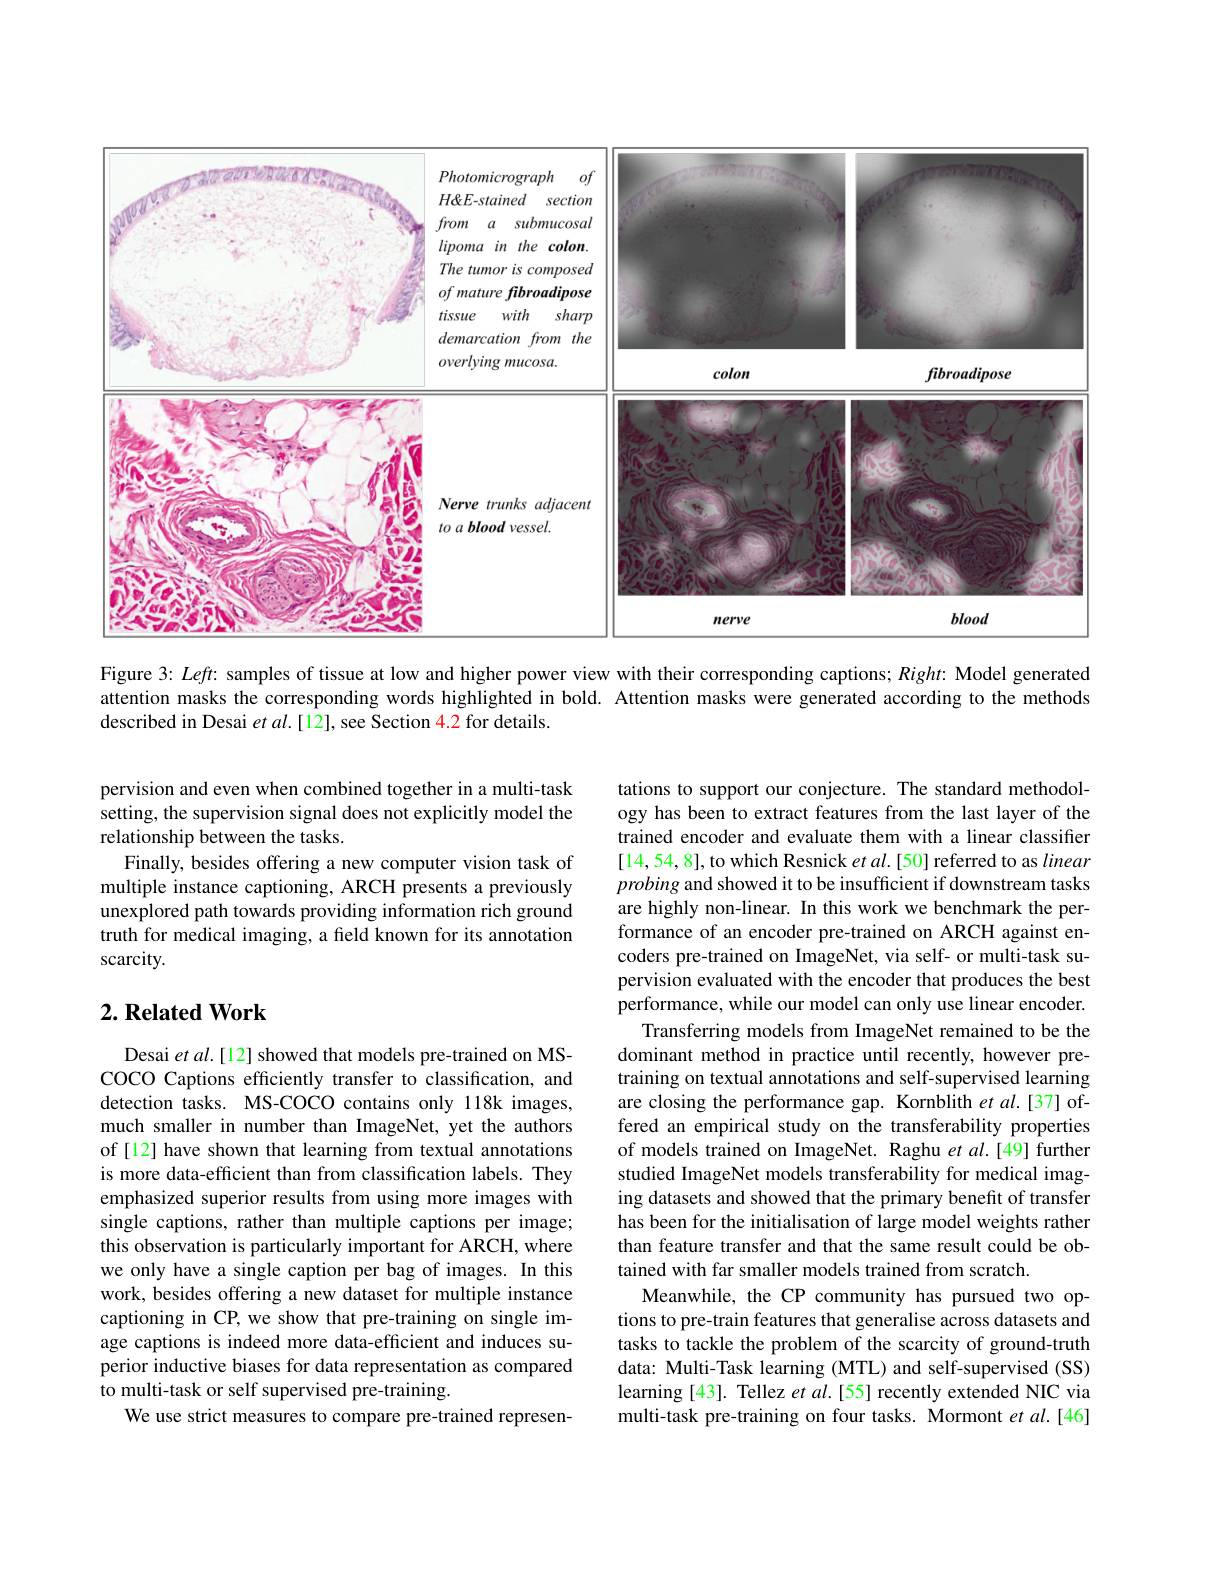
<FigureHere>

Figure 3: Left: samples of tissue at low and higher power view with their corresponding captions; $Right:$ Model generated

attention masks the corresponding words highlighted in bold. Attention masks were generated according to the methods
described in Desai $etal.[12]$, see Section 4.2 for details.

pervision and even when combined together in a multi-task setting, the supervision signal does not explicitly model the relationship between the tasks.
Finally, besides offering a new computer vision task of multiple instance captioning, ARCH presents a previously unexplored path towards providing information rich ground truth for medical imaging, a field known for its annotation scarcity.

## $2. \textbf{Related Work}$

tations to support our conjecture. The standard methodology has been to extract features from the last layer of the trained encoder and evaluate them with a linear classifier [14,54,8],to which Resnick et al.[50] referred to as linear probing and showed it to be insufficient if downstream tasks are highly non-linear. In this work we benchmark the performance of an encoder pre-trained on ARCH against encoders pre-trained on ImageNet, via self- or multi-task supervision evaluated with the encoder that produces the best performance, while our model can only use linear encoder.
Transferring models from ImageNet remained to be the dominant method in practice until recently, however pretraining on textual annotations and self-supervised learning are closing the performance gap. Kornblith et al.[37] offered an empirical study on the transferability properties of models trained on ImageNet. Raghu et $al.[49]$ further studied ImageNet models transferability for medical imaging datasets and showed that the primary benefit of transfer has been for the initialisation of large model weights rather than feature transfer and that the same result could be obtained with far smaller models trained from scratch.
Meanwhile, the CP community has pursued two options to pre-train features that generalise across datasets and tasks to tackle the problem of the scarcity of ground-truth data: Multi-Task learning (MTL) and self-supervised (SS) learning [43]. Tellez et al.[55] recently extended NIC via multi-task pre-training on four tasks. Mormont et al.[46]

Desai et al.[12] showed that models pre-trained on MSCOCO Captions efficiently transfer to classification, and detection tasks. MS-COCO contains only 118k images, much smaller in number than ImageNet, yet the authors of [12] have shown that learning from textual annotations is more data-efficient than from classification labels. They emphasized superior results from using more images with single captions, rather than multiple captions per image; this observation is particularly important for ARCH, where we only have a single caption per bag of images. In this work, besides offering a new dataset for multiple instance captioning in CP, we show that pre-training on single image captions is indeed more data-efficient and induces superior inductive biases for data representation as compared to multi-task or self supervised pre-training.
We use strict measures to compare pre-trained represen-